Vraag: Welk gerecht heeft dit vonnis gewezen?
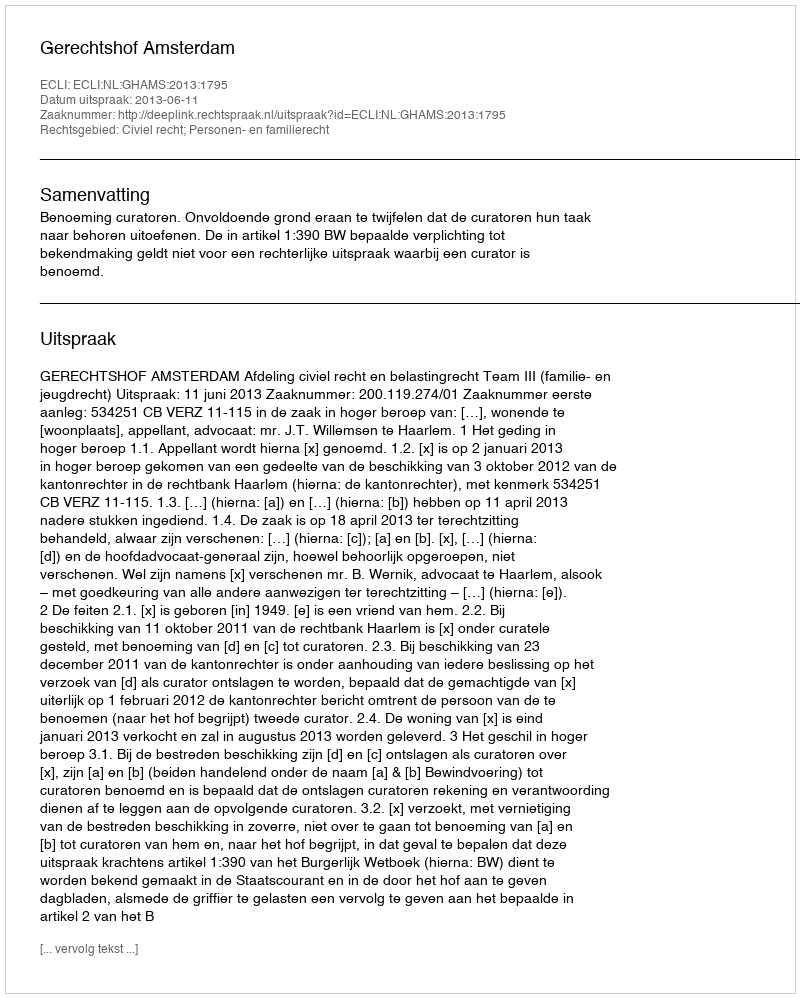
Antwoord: Gerechtshof Amsterdam